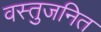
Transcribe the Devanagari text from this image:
वस्तुजनित